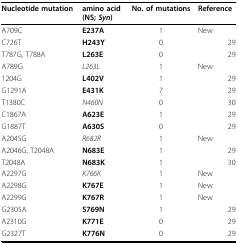
| Nucleotide mutation | amino acid(NS; Syn) | No. of mutations | Reference |
 | --- | --- | --- | --- |
 | A709C | E237A | 1 | New |
 | C726T | H243Y | 0 | 29 |
 | T787G, T788A | L263E | 0 | 29 |
 | A789G | L263L | 1 | New |
 | 1204G | L402V | 1 | 29 |
 | G1291A | E431K | 7 | 29 |
 | T1380C | N460N | 0 | 30 |
 | C1867A | A623E | 1 | 29 |
 | G1887T | A630S | 0 | 29 |
 | A2045G | R682R | 1 | New |
 | A2046G, T2048A | N683E | 1 | 29 |
 | T2048A | N683K | 1 | 30 |
 | A2297G | K766K | 1 | New |
 | A2298G | K767E | 1 | New |
 | A2299G | K767R | 1 | New |
 | G2305A | S769N | 1 | 29 |
 | A2310G | K771E | 0 | 29 |
 | G2327T | K776N | 0 | 29 |